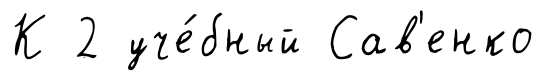
К 2 уче́бный Сав'енко